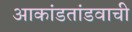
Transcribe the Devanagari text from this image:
आकांडतांडवाची